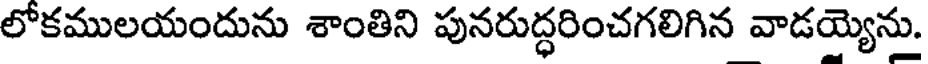
లోకములయందును శాంతిని పునరుద్ధరించగలిగిన వాడయ్యెను.